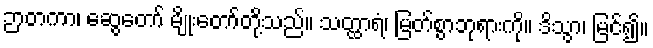
ဉာတကာ၊ ဆွေတော် မျိုးတော်တို့သည်။ သတ္ထာရံ၊ မြတ်စွာဘုရားကို။ ဒိသွာ၊ မြင်၍။